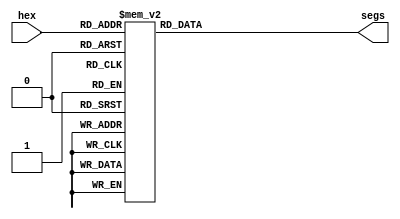
module dec7seg (
    input  [3:0] hex,
    output reg [6:0] segs);
    always @(hex)        // gfedcba
      case (hex)         // 6543210
        4'b0000 : segs = 7'b0111111; // 0
        4'b0001 : segs = 7'b0000110; // 1
        4'b0010 : segs = 7'b1011011; // 2
        4'b0011 : segs = 7'b1001111; // 3
        4'b0100 : segs = 7'b1100110; // 4
        4'b0101 : segs = 7'b1101101; // 5
        4'b0110 : segs = 7'b1111101; // 6
        4'b0111 : segs = 7'b0000111; // 7
        4'b1000 : segs = 7'b1111111; // 8
        4'b1001 : segs = 7'b1101111; // 9
        4'b1010 : segs = 7'b1110111; // A
        4'b1011 : segs = 7'b1111100; // b
        4'b1100 : segs = 7'b0111001; // C
        4'b1101 : segs = 7'b1011110; // d
        4'b1110 : segs = 7'b1111001; // E
        4'b1111 : segs = 7'b1110001; // F
      endcase
endmodule